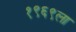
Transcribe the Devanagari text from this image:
१९६९ला